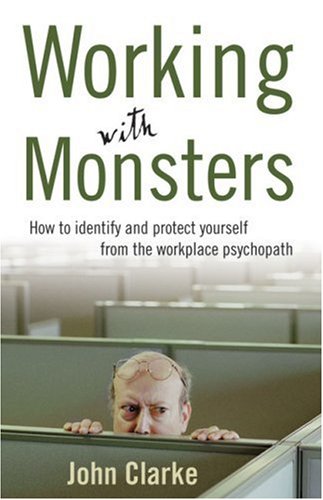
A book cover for Working with Monsters: How to Identify and Protect Yourself from the Workplace Psychopath; John Clarke; Medical Books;